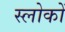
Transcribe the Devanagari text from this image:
स्लोकों